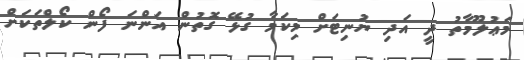
މަޢުލޫމާތު ދީ އަދި ޔުނިޓަށް މިކަމާ ގުޅޭ ގޮތުން އަންނަ ފޯން ކޯލްތަކަށް